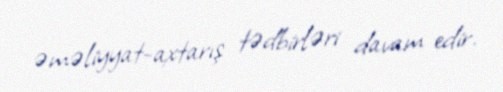
əməliyyat-axtarış tədbirləri davam edir.